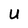
Character: U